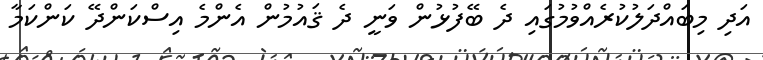
އަދި މިބައްދަލުކުރެއްވުމުގައި ދެ ބޭފުޅުން ވަނީ ދެ ޤައުމުން އެންމެ އިސްކަންދޭ ކަންކަމާ